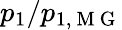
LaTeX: p_{1}/p_{1,\mathrm{~M~G~}}